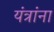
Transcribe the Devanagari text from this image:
यंत्रांना